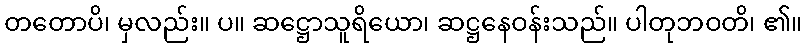
တတောပိ၊ မှလည်း။ ပ။ ဆဋ္ဌောသူရိယော၊ ဆဋ္ဌနေဝန်းသည်။ ပါတုဘဝတိ၊ ၏။